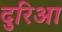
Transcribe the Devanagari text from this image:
दुरिआ